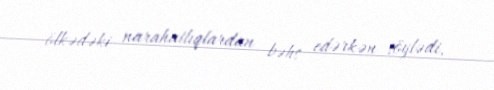
ölkədəki narahatlıqlardan bəhs edərkən söylədi.